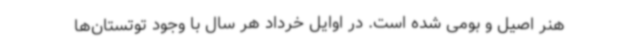
هنر اصیل و بومی شده است. در اوایل خرداد هر سال با وجود توتستان‌ها